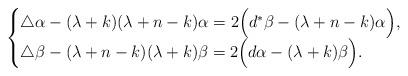
LaTeX: \begin{align*}\begin{cases}\triangle \alpha - (\lambda+k)(\lambda+n-k)\alpha = 2\Big( d^\ast\beta - (\lambda+n-k)\alpha\Big), & \\\triangle\beta - (\lambda+n-k)(\lambda+k)\beta = 2\Big( d\alpha - (\lambda+k)\beta\Big).\end{cases}\end{align*}